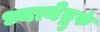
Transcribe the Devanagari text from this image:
ध्यायेद्गुरुं